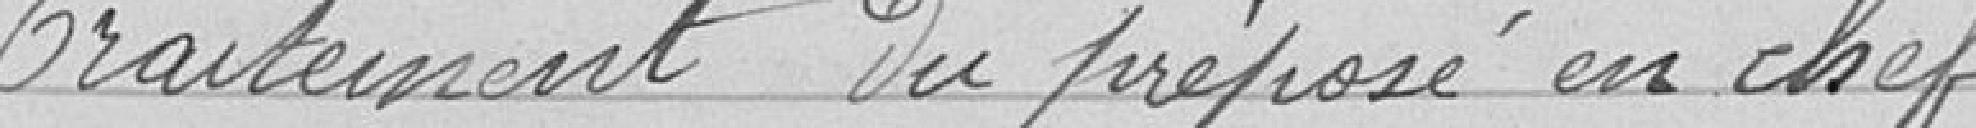
Traitement du préposé en chef